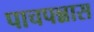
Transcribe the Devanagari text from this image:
पाचपन्नास